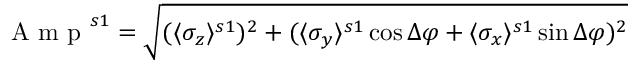
\mathrm { ~ A ~ m ~ p ~ } ^ { s 1 } = \sqrt { ( \langle \sigma _ { z } \rangle ^ { s 1 } ) ^ { 2 } + ( \langle \sigma _ { y } \rangle ^ { s 1 } \cos \Delta \varphi + \langle \sigma _ { x } \rangle ^ { s 1 } \sin \Delta \varphi ) ^ { 2 } }